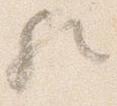
歟